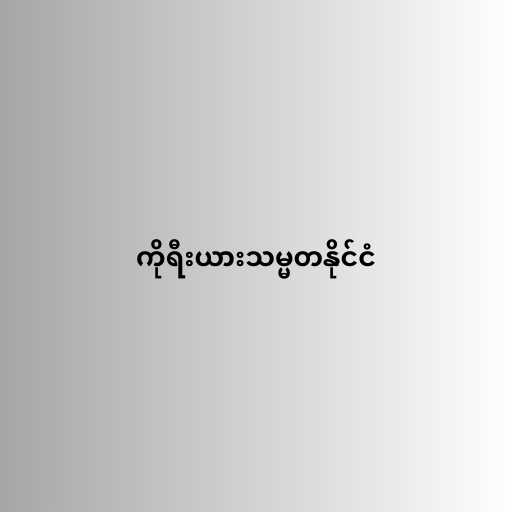
ကိုရီးယားသမ္မတနိုင်ငံ